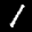
Label: 1